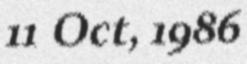
11 Oct, 1986